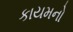
કાયમનો